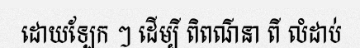
ដោយឡែក ៗ ដើម្បី ពិពណ៌នា ពី លំដាប់